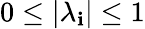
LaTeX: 0\leq|\lambda_{\mathbf{i}}|\leq1